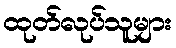
ထုတ်လုပ်သူများ